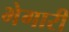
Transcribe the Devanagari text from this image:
भेगारी